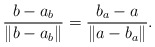
\begin{align*}\frac{b-a_b} {\|b-a_b\|}= \frac{b_a-a} {\|a-b_a\|}.\end{align*}